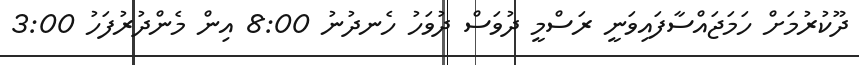
ދޫކުރުމަށް ހަމަޖައްސާފައިވަނީ ރަސްމީ ދުވަސް ދުވަހު ހެނދުނު 8:00 އިން މެންދުރުފަހު 3:00